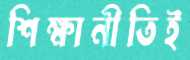
শিক্ষানীতিই